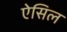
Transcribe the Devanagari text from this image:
ऐसिल